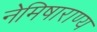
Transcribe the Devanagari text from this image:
नेमिषाराण्य